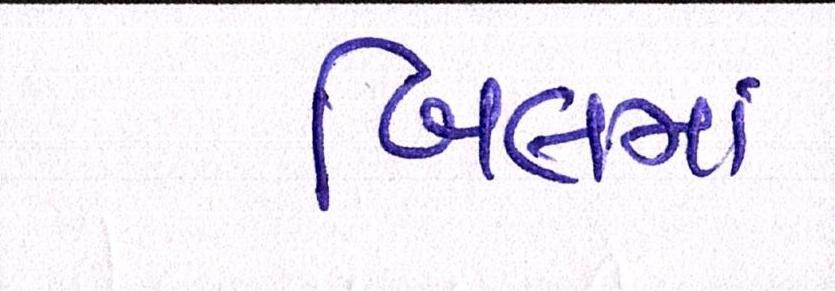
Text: બિલમાં